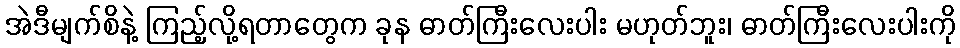
အဲဒီမျက်စိနဲ့ ကြည့်လို့ရတာတွေက ခုန ဓာတ်ကြီးလေးပါး မဟုတ်ဘူး၊ ဓာတ်ကြီးလေးပါးကို